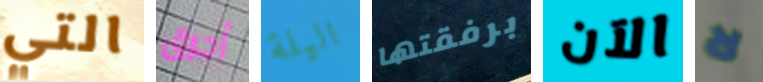
التي أحرق اليلة برفقتها الآن لا